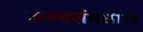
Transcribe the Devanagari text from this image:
कल्चर्समधील